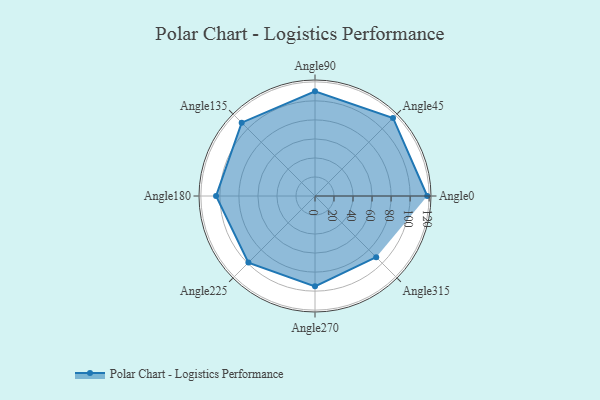
{"axis": {"x": "Angle", "y": "Radius"}, "legend": [""], "data": [{"x": "Angle0", "y": 118.0, "type": ""}, {"x": "Angle45", "y": 116.0, "type": ""}, {"x": "Angle90", "y": 110.0, "type": ""}, {"x": "Angle135", "y": 109.0, "type": ""}, {"x": "Angle180", "y": 104.0, "type": ""}, {"x": "Angle225", "y": 99.0, "type": ""}, {"x": "Angle270", "y": 95.0, "type": ""}, {"x": "Angle315", "y": 91.0, "type": ""}]}